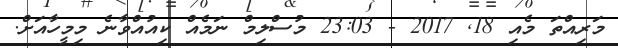
މަރިއްތަ މެއި 18